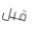
قبل